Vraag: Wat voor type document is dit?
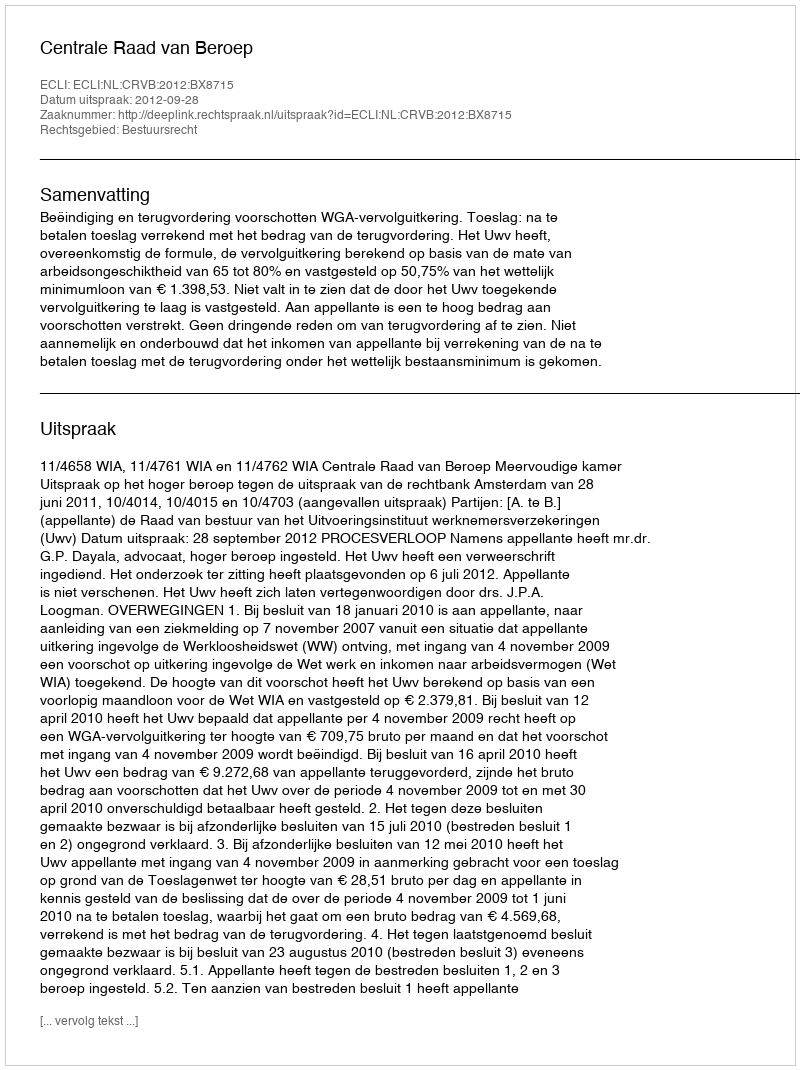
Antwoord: Uitspraak